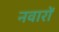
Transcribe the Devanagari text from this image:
नवारों